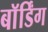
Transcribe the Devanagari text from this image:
बाॅर्डिंग